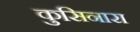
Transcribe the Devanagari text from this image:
कुसिनारा